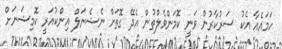
ހަމައެއާ އެކު ސަރުކާރުން ވަނީ ކޮމަންވެލްތުން އެދޭ ގޮތަށް ނެޝެނަލް އިންކުއަރީ ކޮމިޝަނަށް